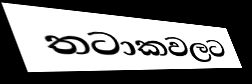
තටාකවලට